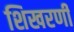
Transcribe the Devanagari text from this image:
शिखरणी